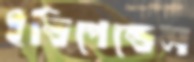
ইন্ডিপেন্ডেন্স